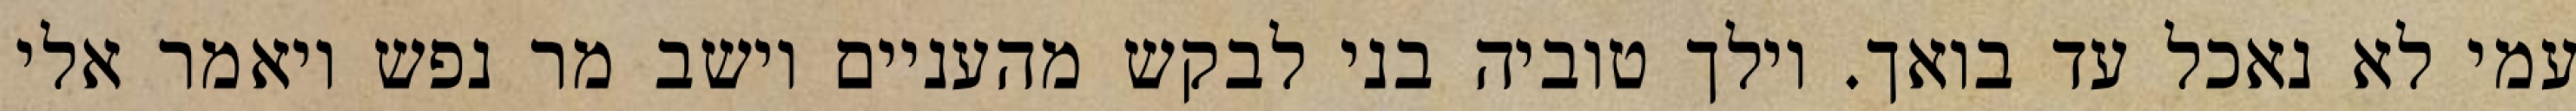
עמי לא נאכל עד בואך. וילך טוביה בני לבקש מהעניים וישב מר נפש ויאמר אלי